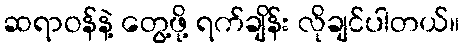
ဆရာဝန်နဲ့ တွေ့ဖို့ ရက်ချိန်း လိုချင်ပါတယ်။